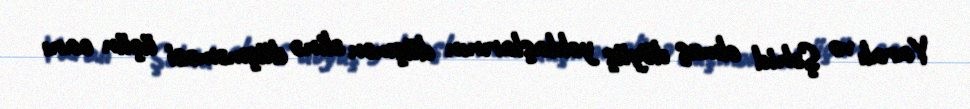
Yaralı və Şəhid olmuş döyüş yoldaşlarının düşmən əlinə düşməməsi üçün canı